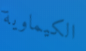
الكيماوية